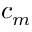
c _ { m }